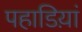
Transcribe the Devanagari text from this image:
पहाडिय़ां